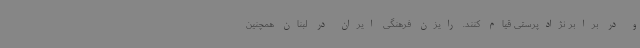
و در برابر نژادپرستی قیام کنند. رایزن فرهنگی ایران در لبنان همچنین